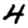
Digit: 4